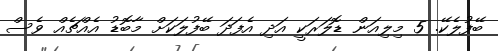
ބޭފުލެކޭ. 5 މިލިއަން ޑޮލަރަކީ އަދި އެފަދަ ބޭފުލަކަށް މާބޮޑު އެއްޗެއް ވެސް